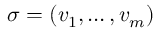
\sigma = ( v _ { 1 } , \dots , v _ { m } )